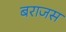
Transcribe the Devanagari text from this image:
बराजस